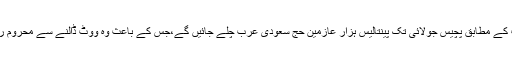
تفصیلات کے مطابق پچیس جولائی تک پینتالیس ہزار عازمین حج سعودی عرب چلے جائیں گے،جس کے باعث وہ ووٹ ڈالنے سے محروم رہیں گے۔